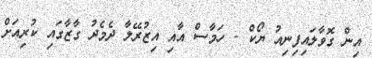
އިން ގޮވާލައިފިނިއު ޔޯކް - ހަމާސް އާއި އިޒުރޭލާ ދެމެދު ގާޒާގައި ކުރިއަށް